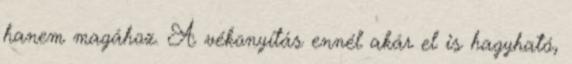
hanem magához. A vékonyítás ennél akár el is hagyható,